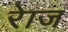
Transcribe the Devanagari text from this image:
रेाज